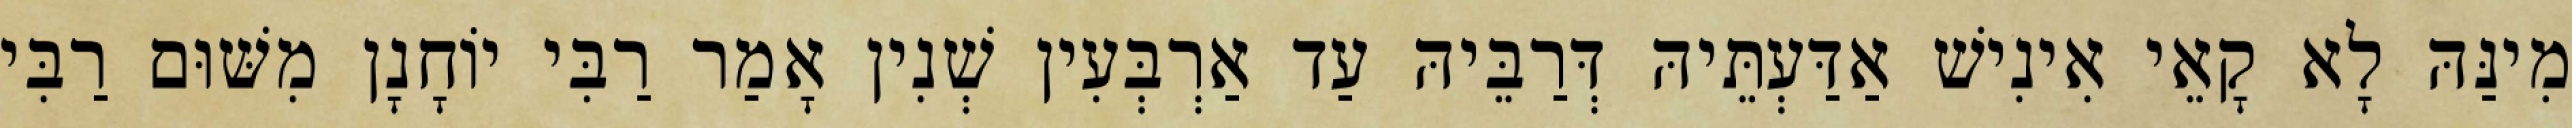
מִינַּהּ לָא קָאֵי אִינִישׁ אַדַּעְתֵּיהּ דְּרַבֵּיהּ עַד אַרְבְּעִין שְׁנִין אָמַר רַבִּי יוֹחָנָן מִשּׁוּם רַבִּי